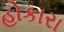
હોકારા